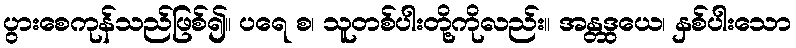
ပွားစေကုန်သည်ဖြစ်၍။ ပရေ စ၊ သူတစ်ပါးတို့ကိုလည်း။ အန္တဒွယေ၊ နှစ်ပါးသော